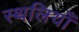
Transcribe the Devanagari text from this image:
स्थलियाँ